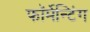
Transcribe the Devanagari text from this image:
फॉर्मेन्टिंग